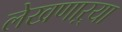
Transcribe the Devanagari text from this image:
लेखणाऱ्या